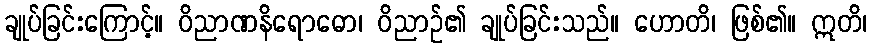
ချုပ်ခြင်းကြောင့်။ ဝိညာဏနိရောဓော၊ ဝိညာဉ်၏ ချုပ်ခြင်းသည်။ ဟောတိ၊ ဖြစ်၏။ ဣတိ၊